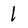
Character: l